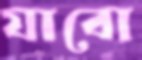
যাবো